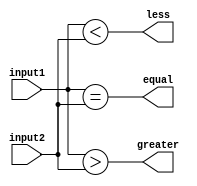
module Comparator(
    input wire [7:0] input1,
    input wire [7:0] input2,
    output wire equal,
    output wire greater,
    output wire less
);

assign equal = (input1 == input2);
assign greater = (input1 > input2);
assign less = (input1 < input2);

endmodule